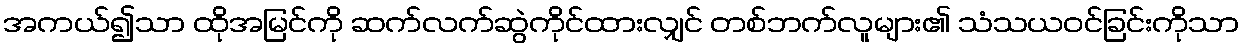
အကယ်၍သာ ထိုအမြင်ကို ဆက်လက်ဆွဲကိုင်ထားလျှင် တစ်ဘက်လူများ၏ သံသယဝင်ခြင်းကိုသာ